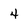
Character: 4